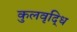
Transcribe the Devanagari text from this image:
कुलवृद्धि